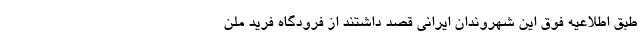
طبق اطلاعیه فوق این شهروندان ایرانی قصد داشتند از فرودگاه فرید ملن